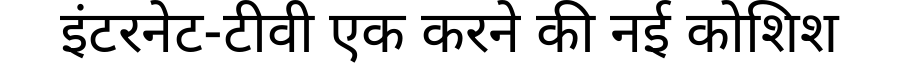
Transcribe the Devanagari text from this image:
इंटरनेट-टीवी एक करने की नई कोशिश